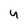
Character: u